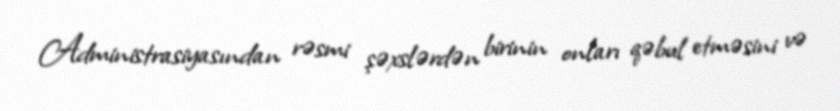
Administrasiyasından rəsmi şəxslərdən birinin onları qəbul etməsini və